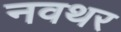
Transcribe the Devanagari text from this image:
नवथर